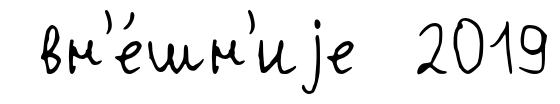
вн'е́шн'иjе 2019